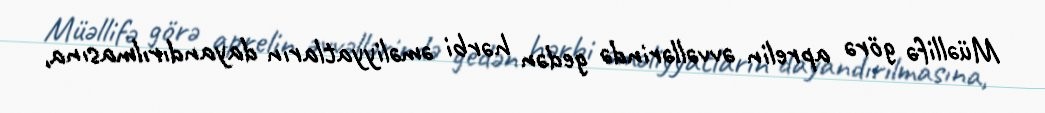
Müəllifə görə aprelin əvvəllərində gedən hərbi əməliyyatların dayandırılmasına,